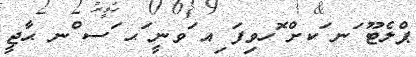
ޕްލެޓޫ ަނ ަކށް ޮހވިފަ ިއ ަވނީ ަޙ ަސ ްނ ޙާޖީ